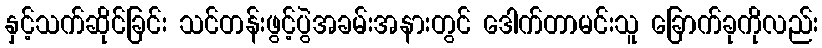
နှင့်သက်ဆိုင်ခြင်း သင်တန်းဖွင့်ပွဲအခမ်းအနားတွင် ဒေါက်တာမင်းသူ ခြောက်ခုကိုလည်း